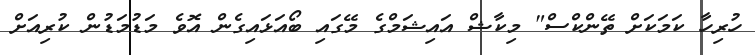
ހުރިހާ ކަމަކަށް ތޭންކްސް" މިކާޝް އައިޝަމްގެ މޭގައި ބޯއަޅައިގެން އޮވެ މަޑުމަޑުން ކުރިއަށް